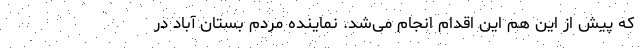
که پیش از این هم این اقدام انجام می‌شد. نماینده مردم بستان آباد در